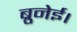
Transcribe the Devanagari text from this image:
ब्रुनेई।